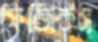
ফিজিকস